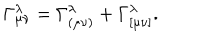
\Gamma _ { \mu \nu } ^ { \lambda } = \Gamma _ { ( \mu \nu ) } ^ { \lambda } + \Gamma _ { [ \mu \nu ] } ^ { \lambda } .